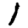
Digit: 1